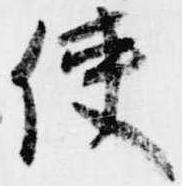
使